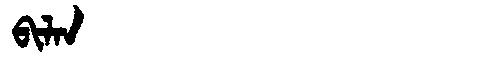
Manchu: ᠪᡳᠯᠠᠨ
Romanization: BILAN